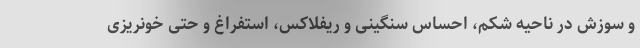
و سوزش در ناحیه شکم، احساس سنگینی و ریفلاکس، استفراغ و حتی خونریزی